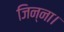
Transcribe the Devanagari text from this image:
जिन्ना।